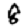
Digit: 8